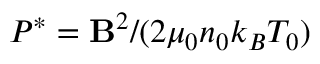
P ^ { * } = \mathbf { B } ^ { 2 } / ( 2 \mu _ { 0 } n _ { 0 } k _ { B } T _ { 0 } )